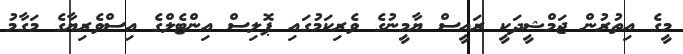
މީގެ އިތުރުން ޖަމްޝީދަކީ ރައީސް ޔާމީނުގެ ވެރިކަމުގައި ޕޮލިސް އިންޓެލްގެ އިސްވެރިޔާގެ މަގާމު